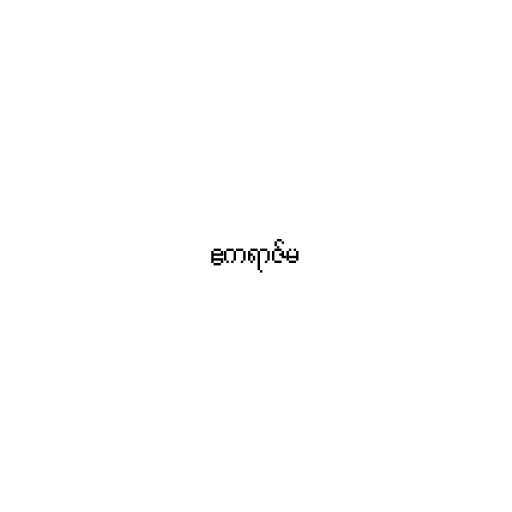
ဧကရာဇ်မ